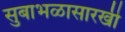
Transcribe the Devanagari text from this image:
सुबाभळासारखी